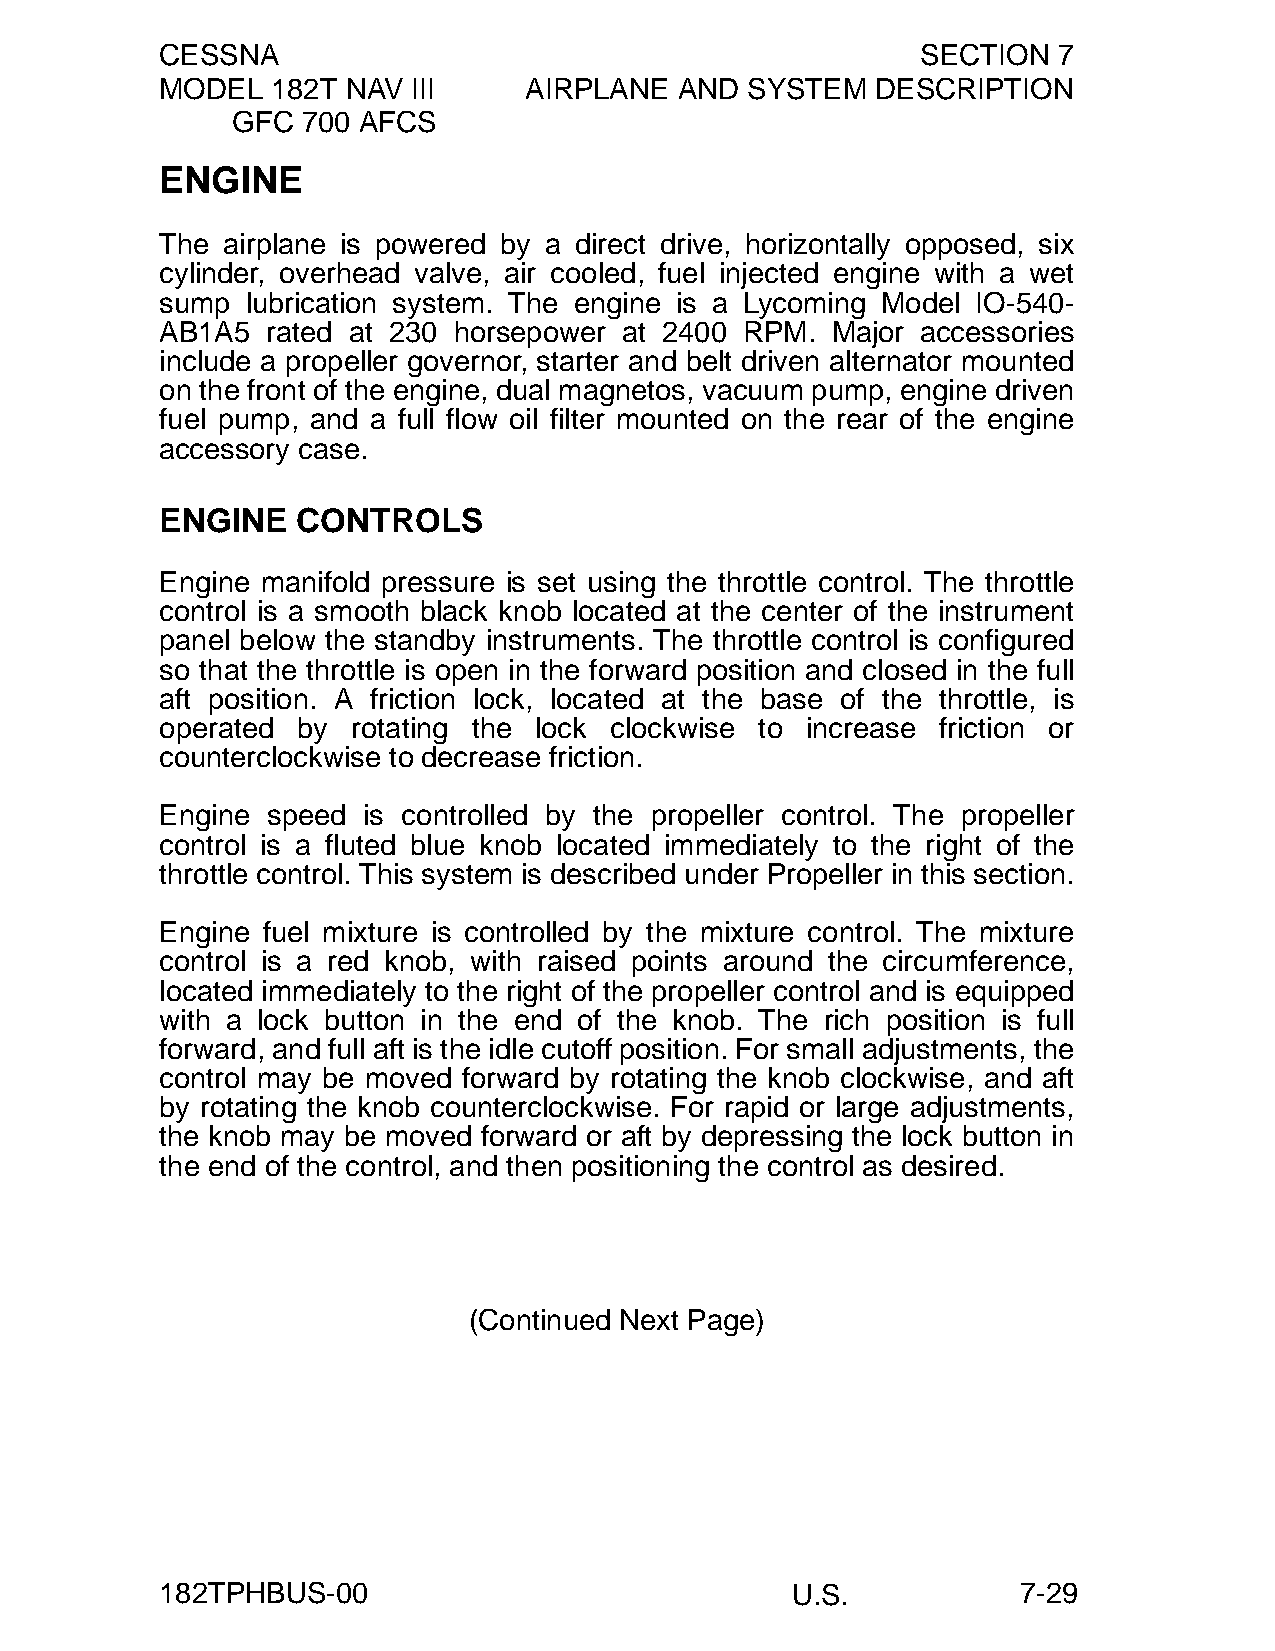
CESSNA                                            SECTION  7
 MODEL  182T NAV III     AIRPLANE  AND SYSTEM   DESCRIPTION
 GFC  700 AFCS
 ENGINE
 The airplane is powered by a direct drive, horizontally opposed, six
 cylinder, overhead valve, air cooled, fuel injected engine with a wet
 sump lubrication system. The engine is a Lycoming Model IO-540-
 AB1A5  rated at 230 horsepower at 2400 RPM. Major accessories
 include a propeller governor, starter and belt driven alternator mounted
 on the front of the engine, dual magnetos, vacuum pump, engine driven
 fuel pump, and a full flow oil filter mounted on the rear of the engine
 accessory case.
 ENGINE   CONTROLS
 Engine manifold pressure is set using the throttle control. The throttle
 control is a smooth black knob located at the center of the instrument
 panel below the standby instruments. The throttle control is configured
 so that the throttle is open in the forward position and closed in the full
 aft position. A friction lock, located at the base of the throttle, is
 operated by rotating the lock clockwise to increase friction or
 counterclockwise to decrease friction.
 Engine speed is controlled by the propeller control. The propeller
 control is a fluted blue knob located immediately to the right of the
 throttle control. This system is described under Propeller in this section.
 Engine fuel mixture is controlled by the mixture control. The mixture
 control is a red knob, with raised points around the circumference,
 located immediately to the right of the propeller control and is equipped
 with a lock button in the end of the knob. The rich position is full
 forward, and full aft is the idle cutoff position. For small adjustments, the
 control may be moved forward by rotating the knob clockwise, and aft
 by rotating the knob counterclockwise. For rapid or large adjustments,
 the knob may be moved forward or aft by depressing the lock button in
 the end of the control, and then positioning the control as desired.
 (Continued Next Page)
 182TPHBUS-00                             U.S.            7-29